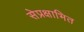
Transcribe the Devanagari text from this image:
सेप्रक्षाभित